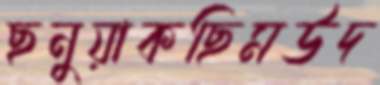
ছনুয়াকছিমউদ